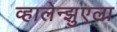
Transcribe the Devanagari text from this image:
व्हालेन्झुएला